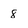
Character: 8